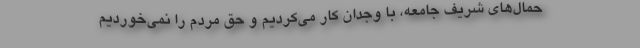
حمال‌های شریف جامعه، با وجدان کار می‌کردیم و حق مردم را نمی‌خوردیم